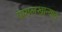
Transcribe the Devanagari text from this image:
पागलखान्यात